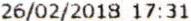
26/02/2018 17:31